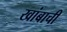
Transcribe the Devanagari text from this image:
खांबाची